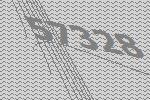
57328